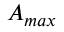
A _ { m a x }